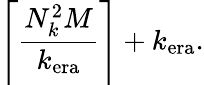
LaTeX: \left\lceil\frac{N_{k}^{2}M}{k_{\mathrm{era}}}\right\rceil+k_{\mathrm{era}}.